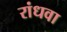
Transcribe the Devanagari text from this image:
रांधवा